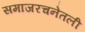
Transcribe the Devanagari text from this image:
समाजरचनेतली